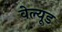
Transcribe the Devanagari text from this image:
वेल्यूड